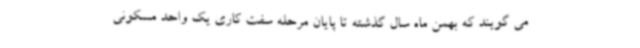
می گویند که بهمن ماه سال گذشته تا پایان مرحله سفت کاری یک واحد مسکونی